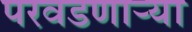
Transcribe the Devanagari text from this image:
परवडणार्‍या